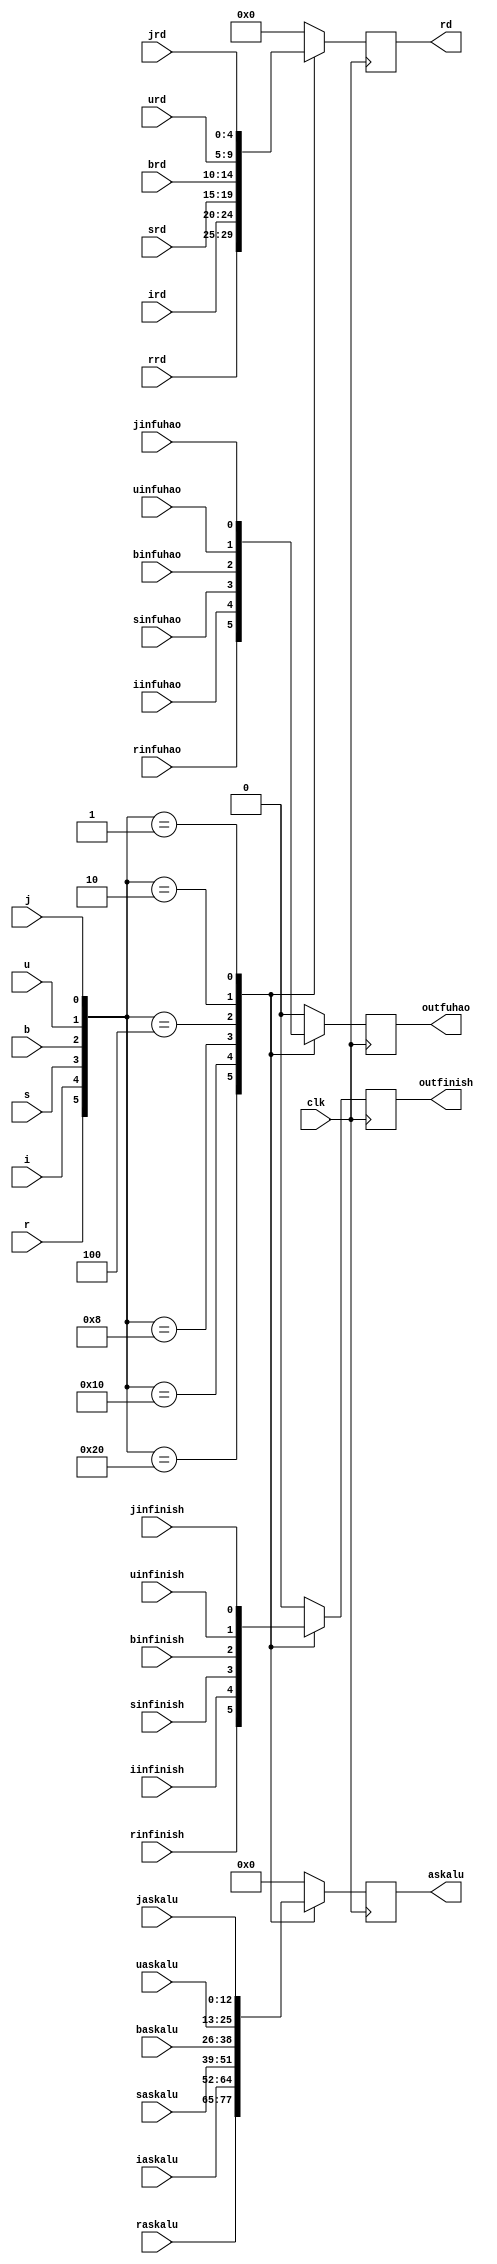
`timescale 1ns / 1ps
//////////////////////////////////////////////////////////////////////////////////
// Company: 
// Engineer: 
// 
// Design Name: 
// Module Name: decoder_to_alu
// Project Name: 
// Target Devices: 
// Tool Versions: 
// Description: 
// 
// Dependencies: 
// 
// Revision:
// Revision 0.01 - File Created
// Additional Comments:
// 
//////////////////////////////////////////////////////////////////////////////////

module decoder_to_alu(
    input clk,
    input [12:0]raskalu,
    input [12:0]iaskalu,
    input [12:0]saskalu,
    input [12:0]baskalu,
    input [12:0]uaskalu,
    input [12:0]jaskalu,
    input rinfuhao,
    input iinfuhao,
    input sinfuhao,
    input binfuhao,
    input uinfuhao,
    input jinfuhao,
    input rinfinish,
    input iinfinish,
    input sinfinish,
    input binfinish,
    input uinfinish,
    input jinfinish,
    output reg [12:0]askalu,
    output reg outfinish,
    output reg outfuhao,
    output reg [4:0]rd,
    input r,
    input i,
    input s,
    input b,
    input u,
    input j,
    input [4:0]rrd,
    input [4:0]ird,
    input [4:0]srd,
    input [4:0]brd,
    input [4:0]urd,
    input [4:0]jrd
    );
    
    wire [5:0]lalala={r,i,s,b,u,j};
    
    always @(negedge clk)
    begin
        case(lalala)
            6'b100000:
            begin
                askalu<=raskalu;
                rd<=rrd;
                outfinish<=rinfinish;
                outfuhao<=rinfuhao;
            end
            6'b010000:
            begin
                askalu<=iaskalu;
                rd<=ird;
                outfinish<=iinfinish;
                outfuhao<=iinfuhao;
            end
            6'b001000:
            begin
                askalu<=saskalu;
                rd<=srd;
                outfinish<=sinfinish;
                outfuhao<=sinfuhao;
                
            end
            6'b000100:
            begin
                askalu<=baskalu;
                rd<=brd;
                outfinish<=binfinish;
                outfuhao<=binfuhao;
            end
            6'b000010:
            begin
                askalu<=uaskalu;
                rd<=urd;
                outfinish<=uinfinish;
                outfuhao<=uinfuhao;
            end
            6'b000001:
            begin
                askalu<=jaskalu;
                rd<=jrd;
                outfinish<=jinfinish;
                outfuhao<=jinfuhao;
            end
            default:
            begin
                askalu<=0;
                rd<=0;
                outfinish<=0;
                outfuhao<=0;
            end
        endcase
    end
    
endmodule